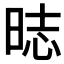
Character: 𣇌